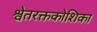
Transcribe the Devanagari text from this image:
श्वेतरक्तकोशिका